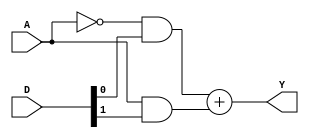
module test5(A, D, Y);

input A;
input [1:0] D;
output Y;

assign Y = (~(A) & D[0]) + (A & D[1]);

endmodule